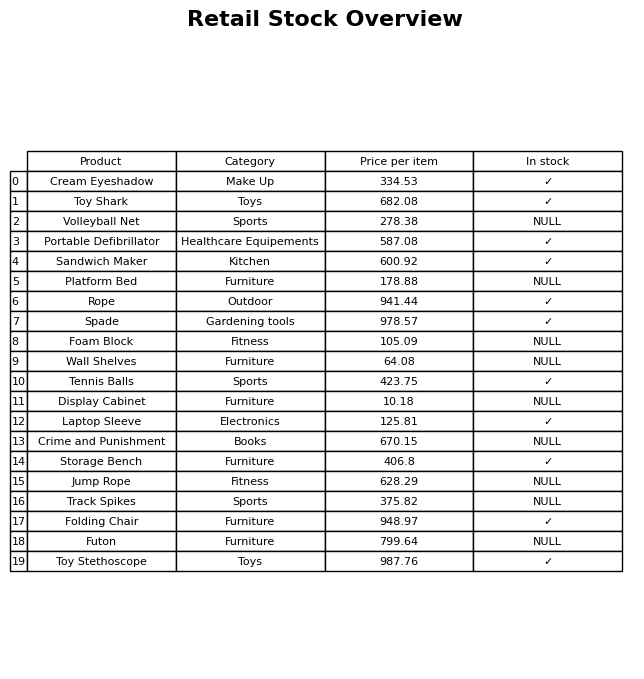
question: What is the stock status of the Tennis Balls?
answer: ✓